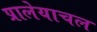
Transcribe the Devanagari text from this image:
प्रालेयाचल